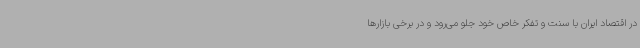
در اقتصاد ایران با سنت و تفکر خاص خود جلو می‌رود و در برخی بازارها